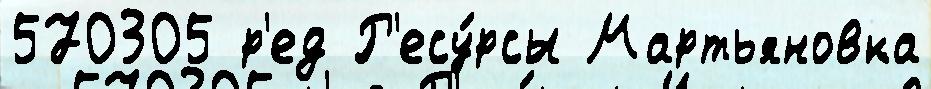
570305 р'ед Р'есу́рсы Мартьяновка